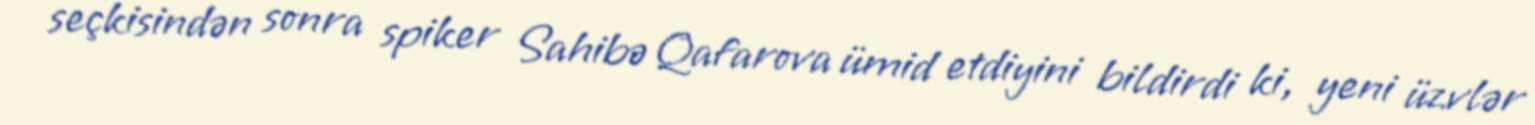
seçkisindən sonra spiker Sahibə Qafarova ümid etdiyini bildirdi ki, yeni üzvlər